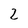
Character: 2